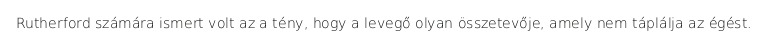
Rutherford számára ismert volt az a tény, hogy a levegő olyan összetevője, amely nem táplálja az égést.